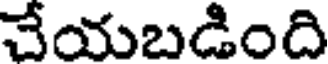
చేయబడింది